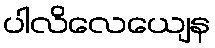
ပါလိလေယျေန